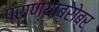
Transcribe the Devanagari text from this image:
प्राण्याबरोबर